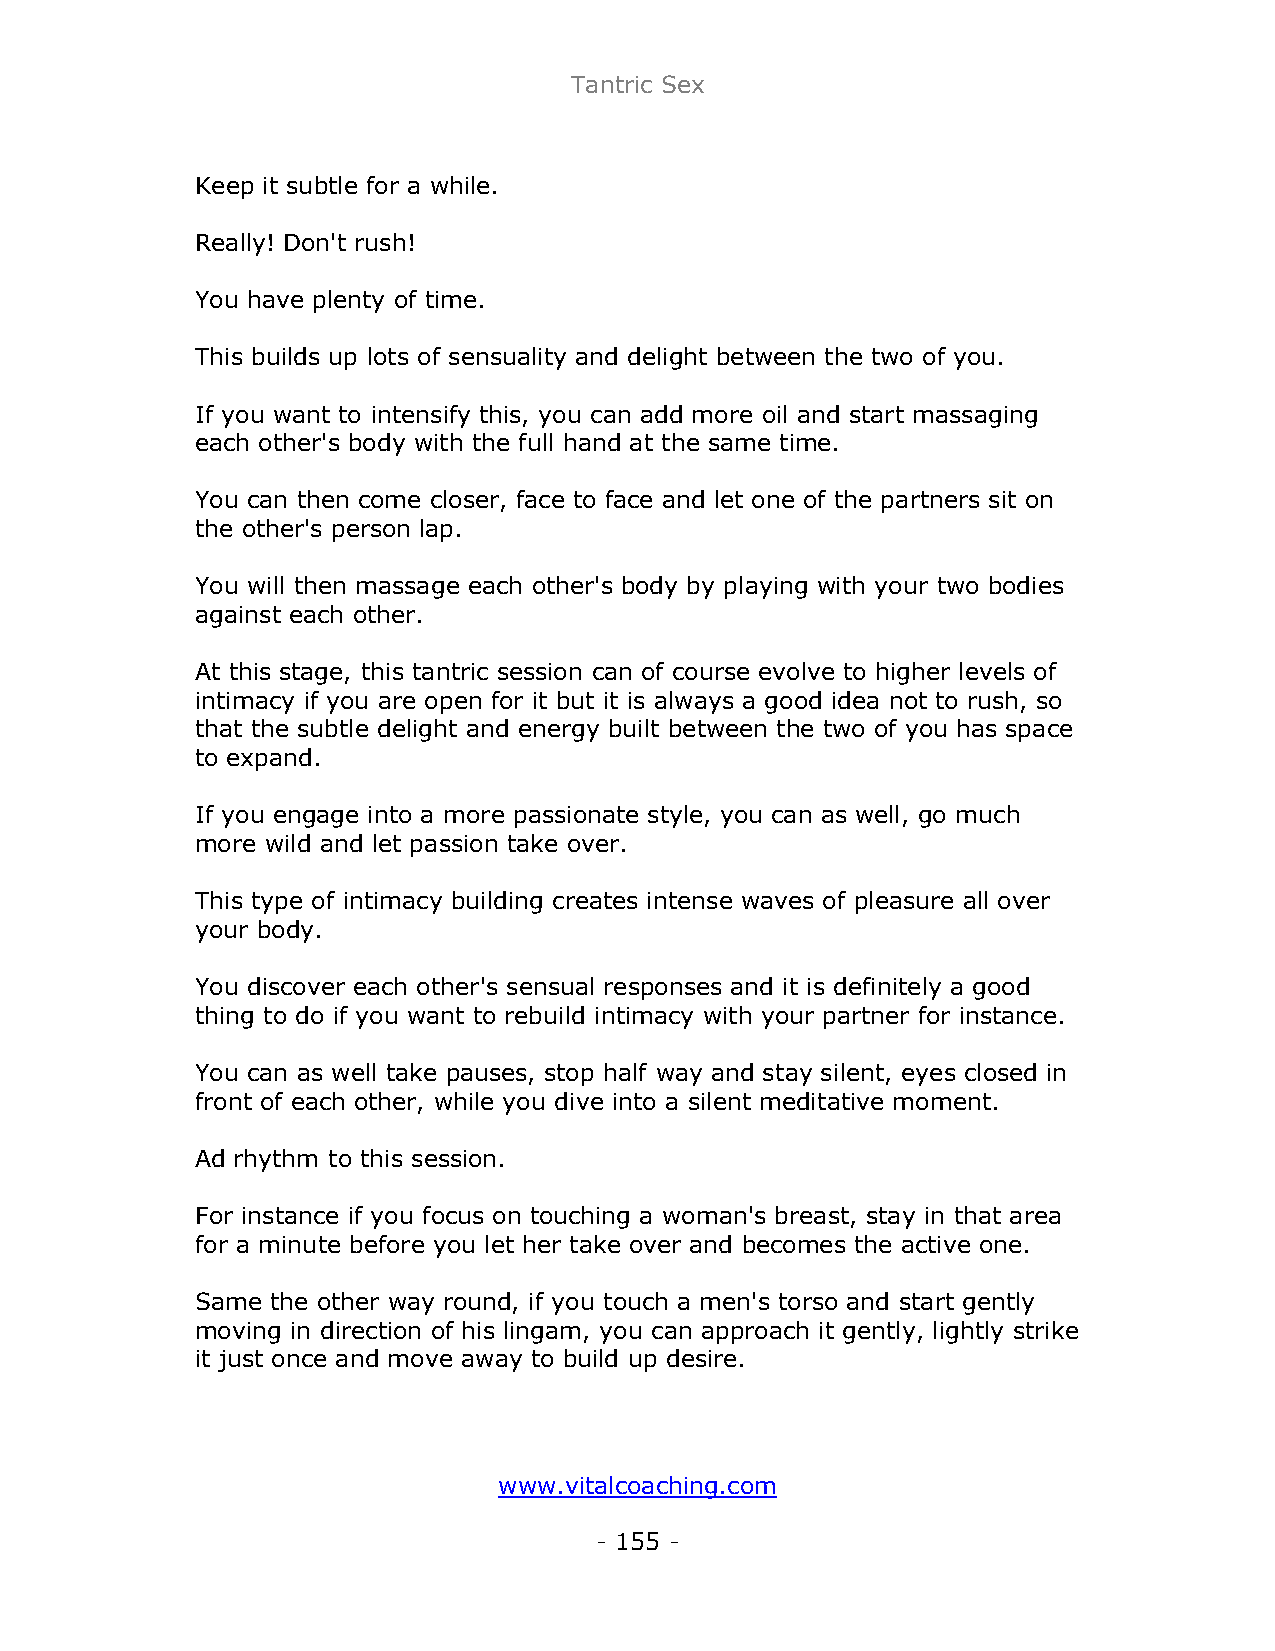
Tantric Sex
 Keep it subtle for a while.
 Really! Don't rush!
 You have plenty of time.
 This builds up lots of sensuality and delight between the two of you.
 If you want to intensify this, you can add more oil and start massaging
 each other's body with the full hand at the same time.
 You can then come closer, face to face and let one of the partners sit on
 the other's person lap.
 You will then massage each other's body by playing with your two bodies
 against each other.
 At this stage, this tantric session can of course evolve to higher levels of
 intimacy if you are open for it but it is always a good idea not to rush, so
 that the subtle delight and energy built between the two of you has space
 to expand.
 If you engage into a more passionate style, you can as well, go much
 more wild and let passion take over.
 This type of intimacy building creates intense waves of pleasure all over
 your body.
 You discover each other's sensual responses and it is definitely a good
 thing to do if you want to rebuild intimacy with your partner for instance.
 You can as well take pauses, stop half way and stay silent, eyes closed in
 front of each other, while you dive into a silent meditative moment.
 Ad rhythm to this session.
 For instance if you focus on touching a woman's breast, stay in that area
 for a minute before you let her take over and becomes the active one.
 Same the other way round, if you touch a men's torso and start gently
 moving in direction of his lingam, you can approach it gently, lightly strike
 it just once and move away to build up desire.
 www.vitalcoaching.com
 - 155 -